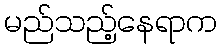
မည်သည့်နေရာက